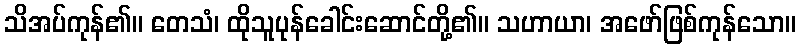
သိအပ်ကုန်၏။ တေသံ၊ ထိုသူပုန်ခေါင်းဆောင်တို့၏။ သဟာယာ၊ အဖော်ဖြစ်ကုန်သော။